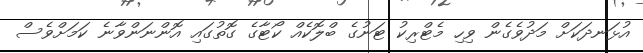
އުޅަނދަކަށް މަދުވެގެން ވިހި މެޓްރިކު ޓަނުގެ ބްލޮކެއް ކޯޓާގެ ގޮތުގައި އޮންނަންވާނެ ކަމަށްވެސް